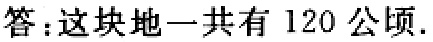
答：这块地一共有 \(120\) 公顷.